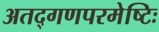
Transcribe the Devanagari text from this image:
अतद्गणपरमेष्टिः